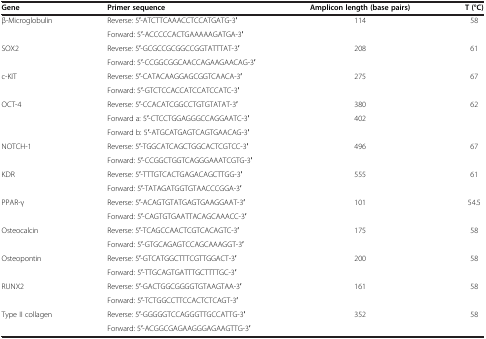
<table><thead><tr><td><b>Gene</b></td><td><b>Primer sequence</b></td><td><b>Amplicon length (base pairs)</b></td><td><b>T (°C)</b></td></tr></thead><tbody><tr><td rowspan="2">β-Microglobulin</td><td>Reverse: 5′-ATCTTCAAACCTCCATGATG-3′</td><td rowspan="2">114</td><td rowspan="2">58</td></tr><tr><td>Forward: 5′-ACCCCCACTGAAAAAGATGA-3′</td></tr><tr><td rowspan="2">SOX2</td><td>Reverse: 5′-GCGCCGCGGCCGGTATTTAT-3′</td><td rowspan="2">208</td><td rowspan="2">61</td></tr><tr><td>Forward: 5′-CCGGCGGCAACCAGAAGAACAG-3′</td></tr><tr><td rowspan="2">c-KIT</td><td>Reverse: 5′-CATACAAGGAGCGGTCAACA-3′</td><td rowspan="2">275</td><td rowspan="2">67</td></tr><tr><td>Forward: 5′-GTCTCCACCATCCATCCATC-3′</td></tr><tr><td rowspan="3">OCT-4</td><td>Reverse: 5′-CCACATCGGCCTGTGTATAT-3′</td><td>380</td><td rowspan="3">62</td></tr><tr><td>Forward a: 5′-CTCCTGGAGGGCCAGGAATC-3′</td><td rowspan="2">402</td></tr><tr><td>Forward b: 5′-ATGCATGAGTCAGTGAACAG-3′</td></tr><tr><td rowspan="2">NOTCH-1</td><td>Reverse: 5′-TGGCATCAGCTGGCACTCGTCC-3′</td><td rowspan="2">496</td><td rowspan="2">67</td></tr><tr><td>Forward: 5′-CCGGCTGGTCAGGGAAATCGTG-3′</td></tr><tr><td rowspan="2">KDR</td><td>Reverse: 5′-TTTGTCACTGAGACAGCTTGG-3′</td><td rowspan="2">555</td><td rowspan="2">61</td></tr><tr><td>Forward: 5′-TATAGATGGTGTAACCCGGA-3′</td></tr><tr><td rowspan="2">PPAR-γ</td><td>Reverse: 5′-ACAGTGTATGAGTGAAGGAAT-3′</td><td rowspan="2">101</td><td rowspan="2">54.5</td></tr><tr><td>Forward: 5′-CAGTGTGAATTACAGCAAACC-3′</td></tr><tr><td rowspan="2">Osteocalcin</td><td>Reverse: 5′-TCAGCCAACTCGTCACAGTC-3′</td><td rowspan="2">175</td><td rowspan="2">58</td></tr><tr><td>Forward: 5′-GTGCAGAGTCCAGCAAAGGT-3′</td></tr><tr><td rowspan="2">Osteopontin</td><td>Reverse: 5′-GTCATGGCTTTCGTTGGACT-3′</td><td rowspan="2">200</td><td rowspan="2">58</td></tr><tr><td>Forward: 5′-TTGCAGTGATTTGCTTTTGC-3′</td></tr><tr><td rowspan="2">RUNX2</td><td>Reverse: 5′-GACTGGCGGGGTGTAAGTAA-3′</td><td rowspan="2">161</td><td rowspan="2">58</td></tr><tr><td>Forward: 5′-TCTGGCCTTCCACTCTCAGT-3′</td></tr><tr><td rowspan="2">Type II collagen</td><td>Reverse: 5′-GGGGGTCCAGGGTTGCCATTG-3′</td><td rowspan="2">352</td><td rowspan="2">58</td></tr><tr><td>Forward: 5′-ACGGCGAGAAGGGAGAAGTTG-3′</td></tr></tbody></table>